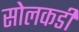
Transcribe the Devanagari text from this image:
सोलकडी